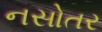
નસોતર